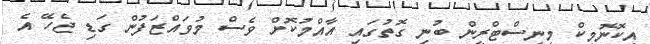
އިކޮނޮމިކް މިނިސްޓްރީން ބުނި ގޮތުގައި އާއްމުކޮށް ވެސް މުވައްޒަފުން ގަޑި ޖެހޭ އެ